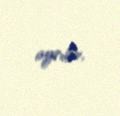
ayrılır.